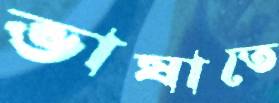
ভাষাতে